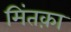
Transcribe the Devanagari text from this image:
मिंतक़ा